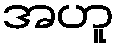
အဟူ